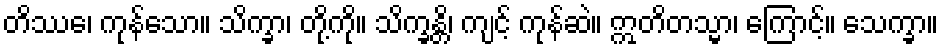
တိဿေ၊ ကုန်သော။ သိက္ခာ၊ တို့ကို။ သိက္ခန္တိ၊ ကျင့် ကုန်ဆဲ။ ဣတိတသ္မာ၊ ကြောင့်။ သေက္ခာ။